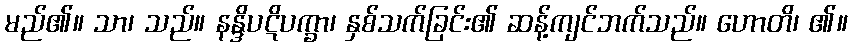
မည်၏။ သာ၊ သည်။ နန္ဒိပဋိပက္ခာ၊ နှစ်သက်ခြင်း၏ ဆန့်ကျင်ဘက်သည်။ ဟောတိ၊ ၏။